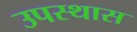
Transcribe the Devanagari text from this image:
उपस्थास